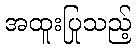
အထူးပြုသည့်